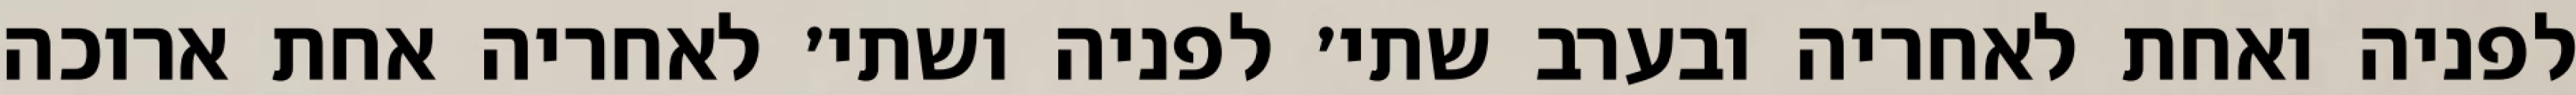
לפניה ואחת לאחריה ובערב שתי׳ לפניה ושתי׳ לאחריה אחת ארוכה